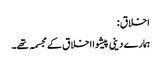
اخلاق :
ہمارے دینی پیشوا اخلاق کے مجسمہ تھے۔